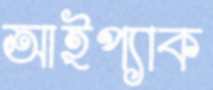
আইপ্যাক